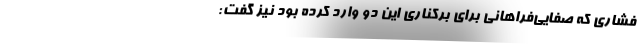
فشاری که صفایی‌فراهانی برای برکناری این دو وارد کرده بود نیز گفت: